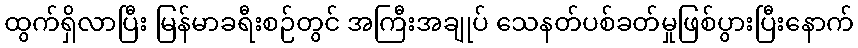
ထွက်ရှိလာပြီး မြန်မာခရီးစဉ်တွင် အကြီးအချုပ် သေနတ်ပစ်ခတ်မှုဖြစ်ပွားပြီးနောက်